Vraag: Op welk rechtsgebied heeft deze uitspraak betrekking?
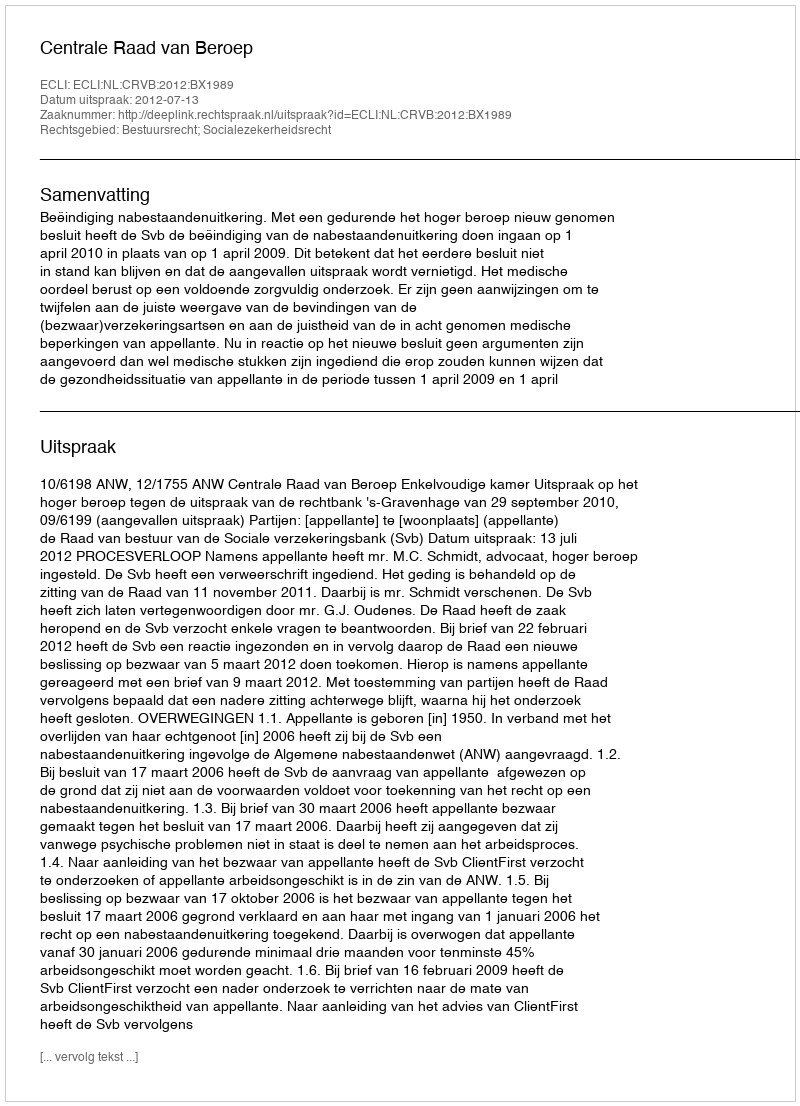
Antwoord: Bestuursrecht; Socialezekerheidsrecht